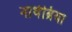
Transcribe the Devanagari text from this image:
नार्थब्रिया